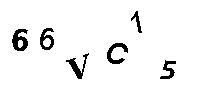
66VC15